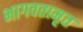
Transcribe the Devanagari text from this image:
भागवतामृत